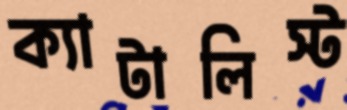
ক্যাটালিস্ট